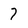
Character: 7